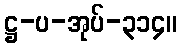
ဋ္ဌ-ပ-အုပ်-၃၁၄။